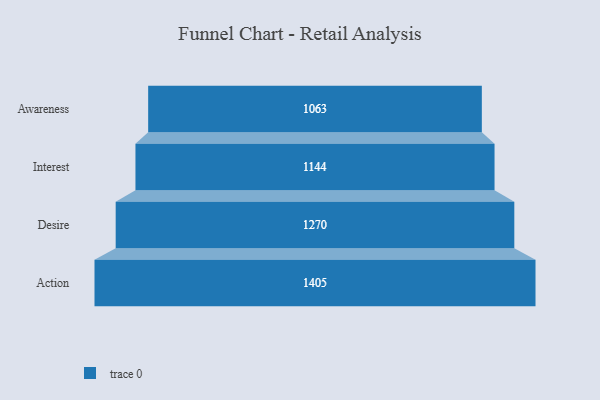
{"axis": {"x": "Stage", "y": "Value"}, "legend": [""], "data": [{"x": "Awareness", "y": 1063.0, "type": ""}, {"x": "Interest", "y": 1144.0, "type": ""}, {"x": "Desire", "y": 1270.0, "type": ""}, {"x": "Action", "y": 1405.0, "type": ""}]}